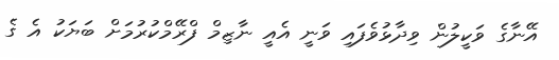
އޭނާގެ ވަކީލުން ވިދާޅުވެފައި ވަނީ އެއީ ނާޒިމް ފްރޭމްކުރުމަށް ބަޔަކު އެ ގެ